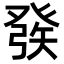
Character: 𤼵